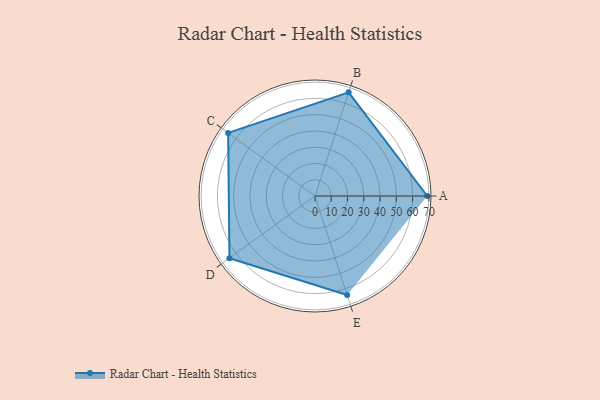
{"axis": {"x": "Skill", "y": "Score"}, "legend": ["Profile"], "data": [{"x": "A", "y": 69.0, "type": "Profile"}, {"x": "B", "y": 67.0, "type": "Profile"}, {"x": "C", "y": 66.0, "type": "Profile"}, {"x": "D", "y": 65.0, "type": "Profile"}, {"x": "E", "y": 64.0, "type": "Profile"}]}